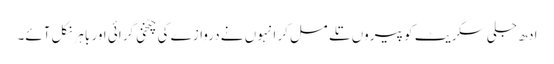
ادھ جلی سگریٹ کو پیروں تلے مسل کر انہوں نے دروازے کی چٹخنی گرائی اور باہر نکل آئے۔